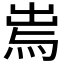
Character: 𤉐